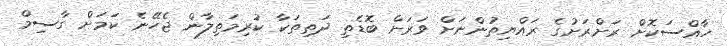
ހާއްސަކޮށް ރަށްރަށުގެ ރައްޔިތުންނަށް ވަރަށް ބޮޑެތި ދަތިތަކާ ކުރިމަތިލާން ޖެހޭނެ ކަަމަށް ގާސިމް